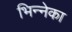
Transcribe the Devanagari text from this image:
भिन्नेका